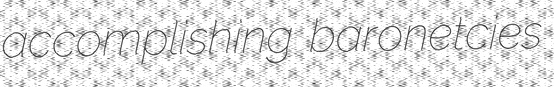
accomplishing baronetcies